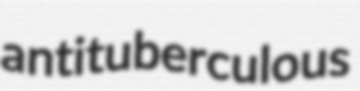
antituberculous